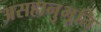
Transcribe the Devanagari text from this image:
असहानुभूति